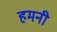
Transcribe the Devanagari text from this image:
हमनी